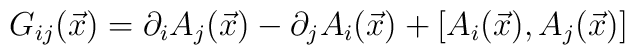
G_{ij}(\vec{x}) = \partial_i A_j(\vec{x})- \partial_j A_i(\vec{x}) + [A_i(\vec{x}), A_j(\vec{x})]